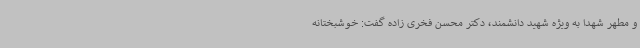
و مطهر شهدا به ویژه شهید دانشمند، دکتر محسن فخری زاده گفت: خوشبختانه